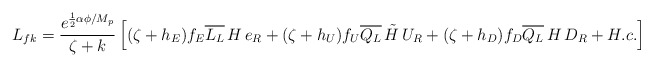
\begin{align*}L_{fk}=\frac{ e^{\frac{1}{2}\alpha\phi /M_{p}}}{\zeta +k}\left[(\zeta +h_{E}) f_{E}\overline{L_{L}}\,H\,e_{R}+(\zeta +h_{U}) f_{U}\overline{Q_{L}}\,\tilde{H}\,U_{R}+(\zeta +h_{D}) f_{D}\overline{Q_{L}}\,H\,D_{R} +H.c.\right]\end{align*}